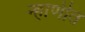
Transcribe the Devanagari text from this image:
न्हाणीत